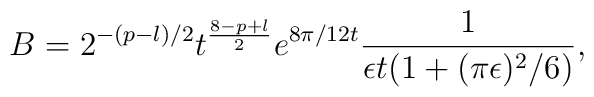
B=2^{-(p-l)/2} t^{\frac{8-p+l}{2}} e^{8\pi/12t} \frac{1}{\epsilon t (1+(\pi \epsilon)^{2}/6)},